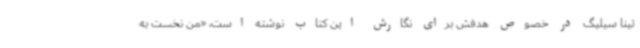
تینا سیلیگ در خصوص هدفش برای نگارش این کتاب نوشته است، «من نخست به